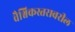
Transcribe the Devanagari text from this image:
वैश्विकस्तरावरील